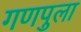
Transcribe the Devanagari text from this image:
गणपुला